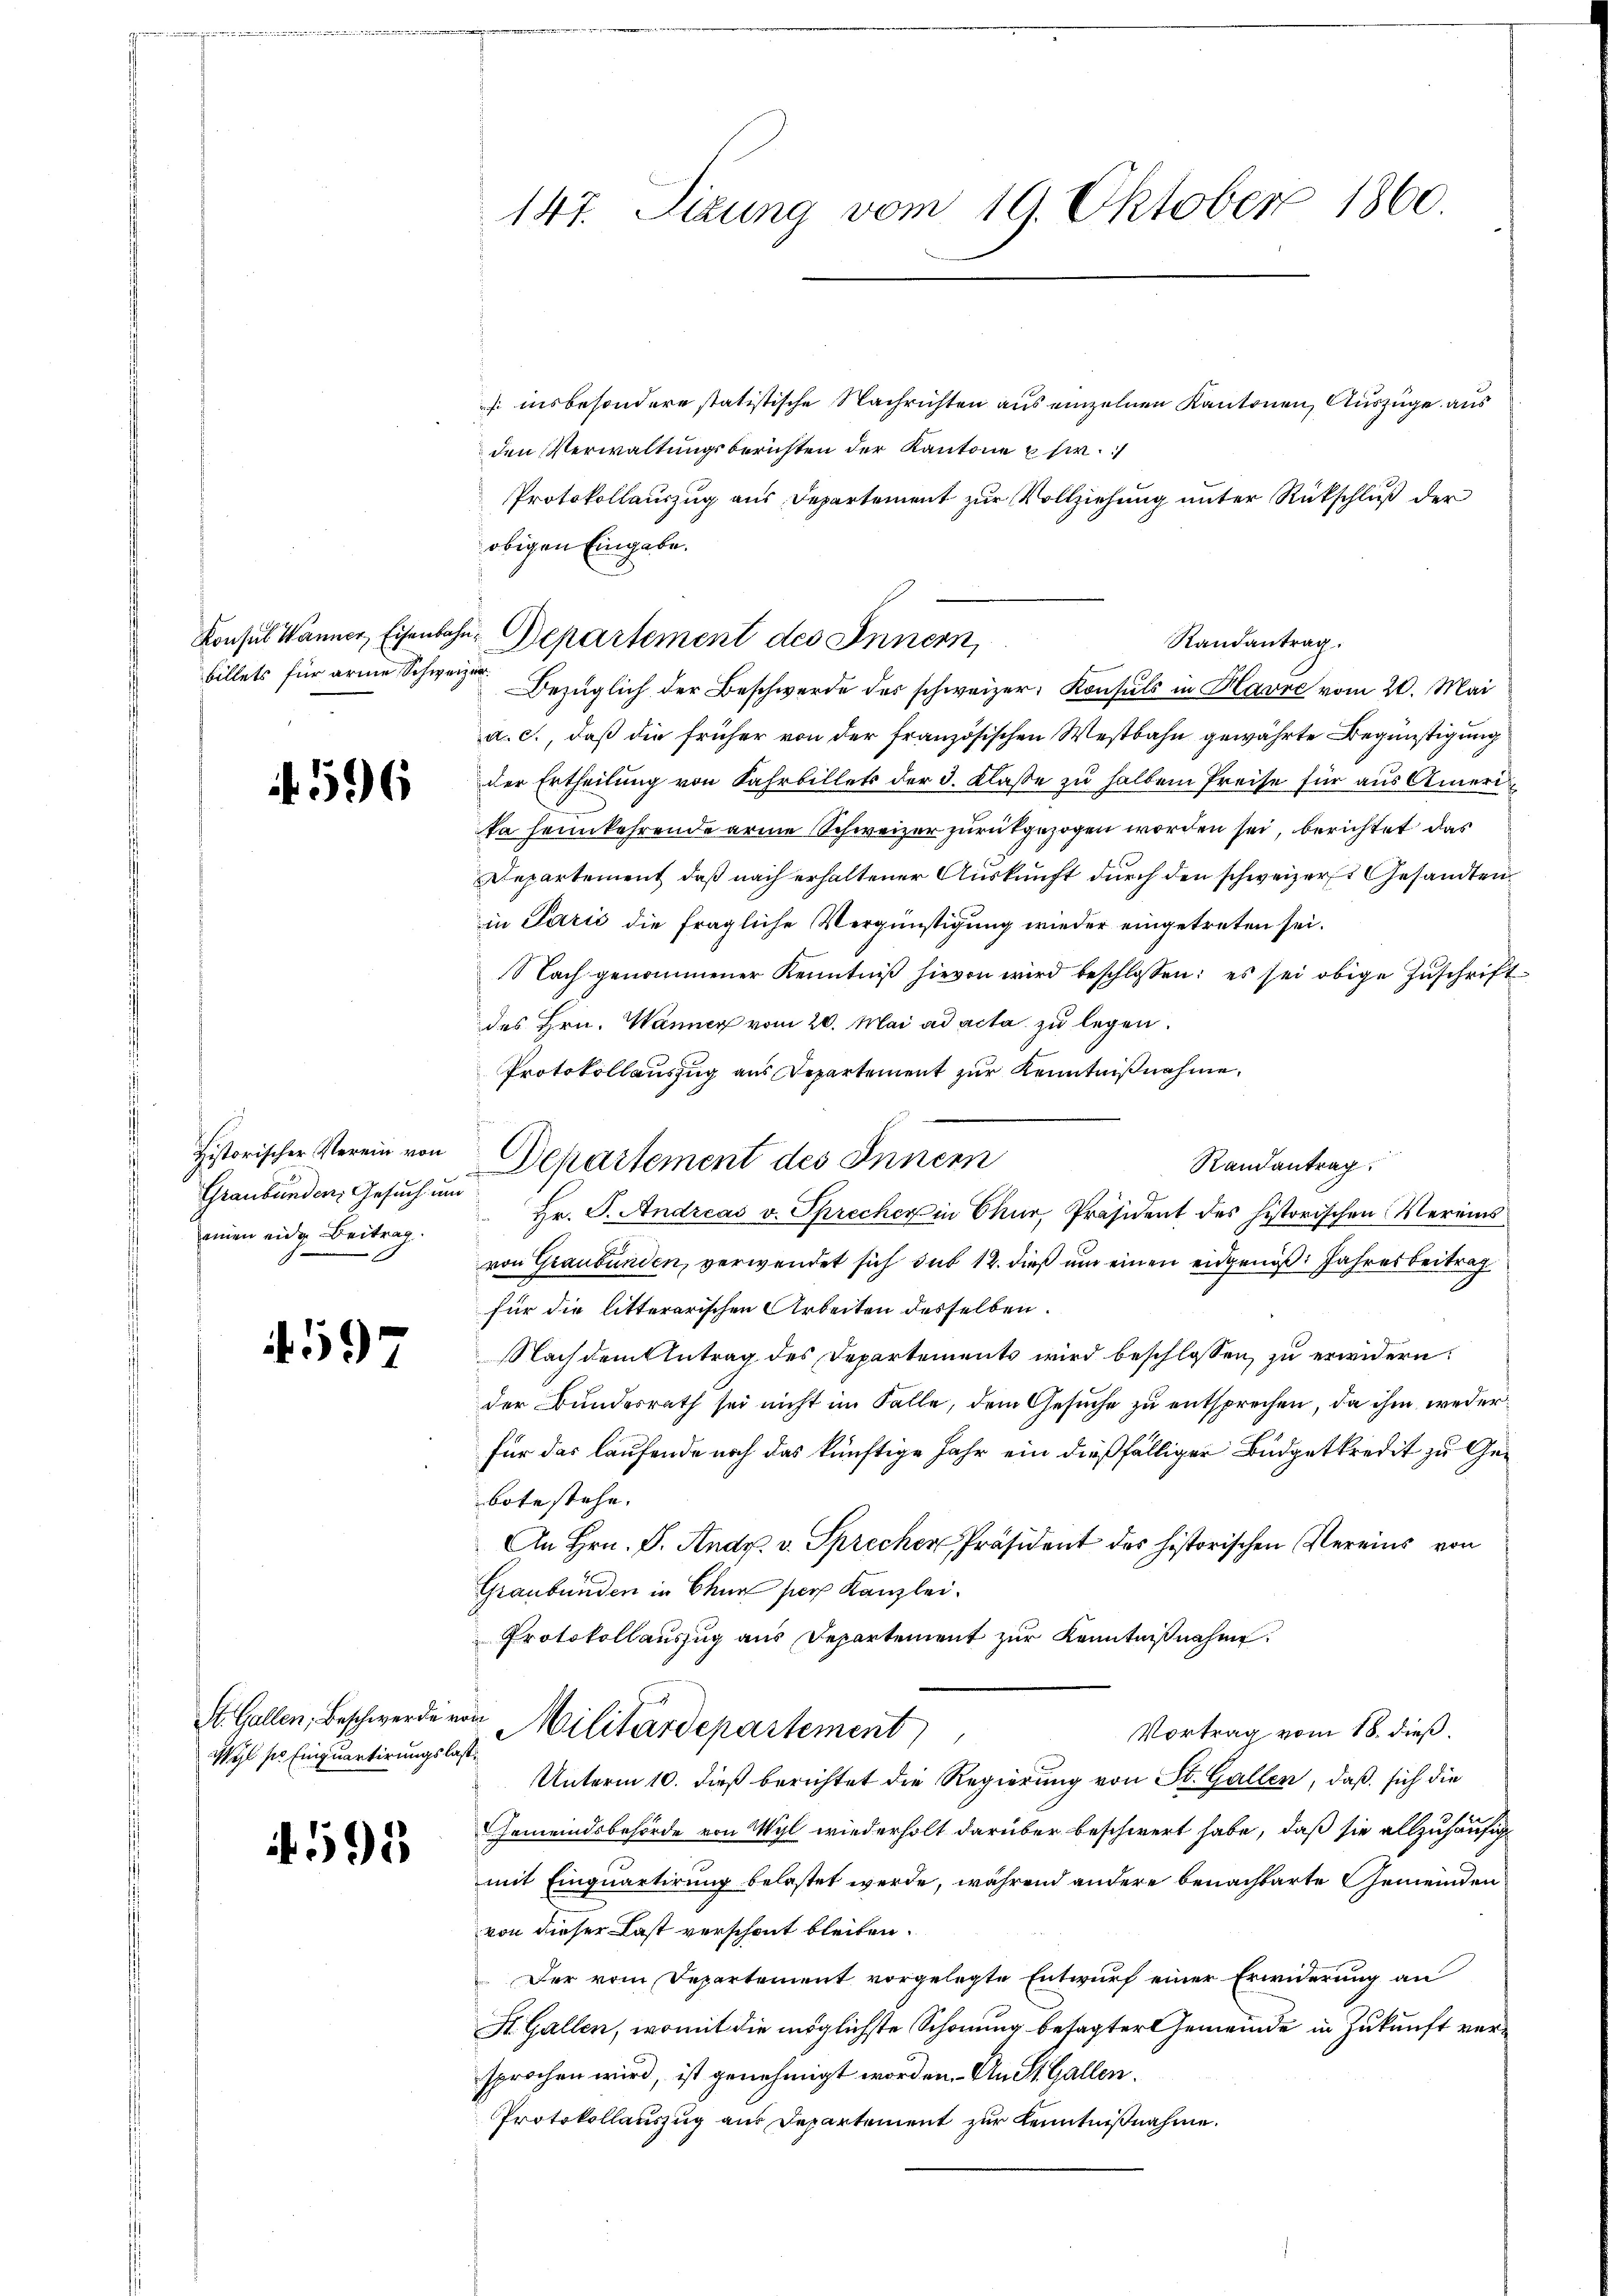
billets für arme Schweizer.

56

Graubünden Gesuch und
einen eidg. Beitrag

4597

Wyl ser Einquartirungslast

if. 595

147. Sizung vom 19. Oktober 1860

si insbesondere statistische Nachrichten aus einzelnen Kantonen, Auszüge aus
den Verwaltungsberichten der Kantone fr
Protokollauszug aus Departement zur Vollziehung unter Rückschluß der
obigen Eingabe.
Randantrag.
Bezüglich der Beschwerde des schweizer, Konsuls in Havre vom 20. Mai
a. c., daß die früher von der französischen Westbahn gewährte Begünstigung
der Ertheilung von Fahrbillet der 3. Klasse zu halben Preise für aus Amerika heimkehrende arme Schweizer zurückgezogen worden sei, berichtet das
Departement, daß nach erhaltener Auskunft durch den schweizers Gesandten
in Parić die fragliche Vergünstigung wieder eingetreten sei.
Nach genommener Kenntniβ hievon wird beschlossen: es sei obige Zŭschriftdes Hrn. Wanner vom 20. Mai ad acta zu legen.
Protokollauszug aus Departement zur Kenntnißnahme.
Randantrag
 Hr. J. Andreas v. Sprecher in Chur, Präsident des historischen Vereins
von Graubünden, verwendet sich sub 12. dieß um einen engenoß: Jahresbeitrag
für die litterarischen Arbeiten desselben.
Nach dem Antrag des Departements wird beschlossen, zu erwidern:
der Bundesrath sei nicht im Falle, dem Gesuche zu entsprechen, da ihm wederfür das laufende noch das künftige Jahr ein dießfälliger Büdgetkredit zu Gebotestehe.
An Hrn. F. Andr. v. Sprecher Präsident des historischen Vereins von
Graubünden in Chur per Kanzlei.
Protokollauszug aus Departement zur Kenntnißnahme.
St. Gallen, Beschwerde von Militärdepartement
Vortrag vom 18. dieß.
Unterm 10. dieß berichtet die Regierung von St. Gallen, daß sich die
Gemeindsbehörde von Wyl wiederholt darüber beschwert habe, daß sie allzuhäufig
mit Einquartirung belastet werde, während andere benachbarte Gemeinden
von dieser Last verschont bleiben.
Der vom Departement vorgelegte Entwurf einer Erwiderung an
H. Gallen, womit die möglichste Schonung besagter Gemeinde in Zukunft versprochen wird, ist genehmigt worden. An St. Gallen.
Protokollauszug aus Departement zur Kenntnißnahme.

Konsul Wanner, Eisenbahn, Departement des Innern

historischer Verein von Departement des Innern